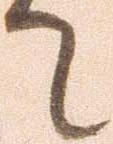
て